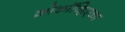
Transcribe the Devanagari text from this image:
क्रोकॉव्हिएका